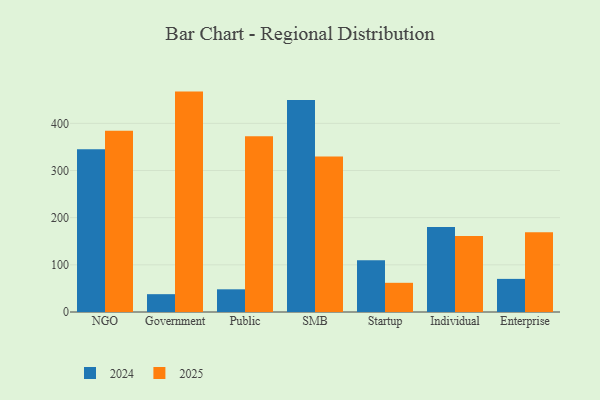
{"axis": {"x": "Segment", "y": "Population (Million)"}, "legend": ["2024", "2025"], "data": [{"x": "NGO", "y": 345.2, "type": "2024"}, {"x": "NGO", "y": 384.2, "type": "2025"}, {"x": "Government", "y": 37.8, "type": "2024"}, {"x": "Government", "y": 467.3, "type": "2025"}, {"x": "Public", "y": 48.1, "type": "2024"}, {"x": "Public", "y": 372.7, "type": "2025"}, {"x": "SMB", "y": 449.4, "type": "2024"}, {"x": "SMB", "y": 329.6, "type": "2025"}, {"x": "Startup", "y": 109.8, "type": "2024"}, {"x": "Startup", "y": 61.9, "type": "2025"}, {"x": "Individual", "y": 180.2, "type": "2024"}, {"x": "Individual", "y": 160.9, "type": "2025"}, {"x": "Enterprise", "y": 70.2, "type": "2024"}, {"x": "Enterprise", "y": 168.9, "type": "2025"}]}